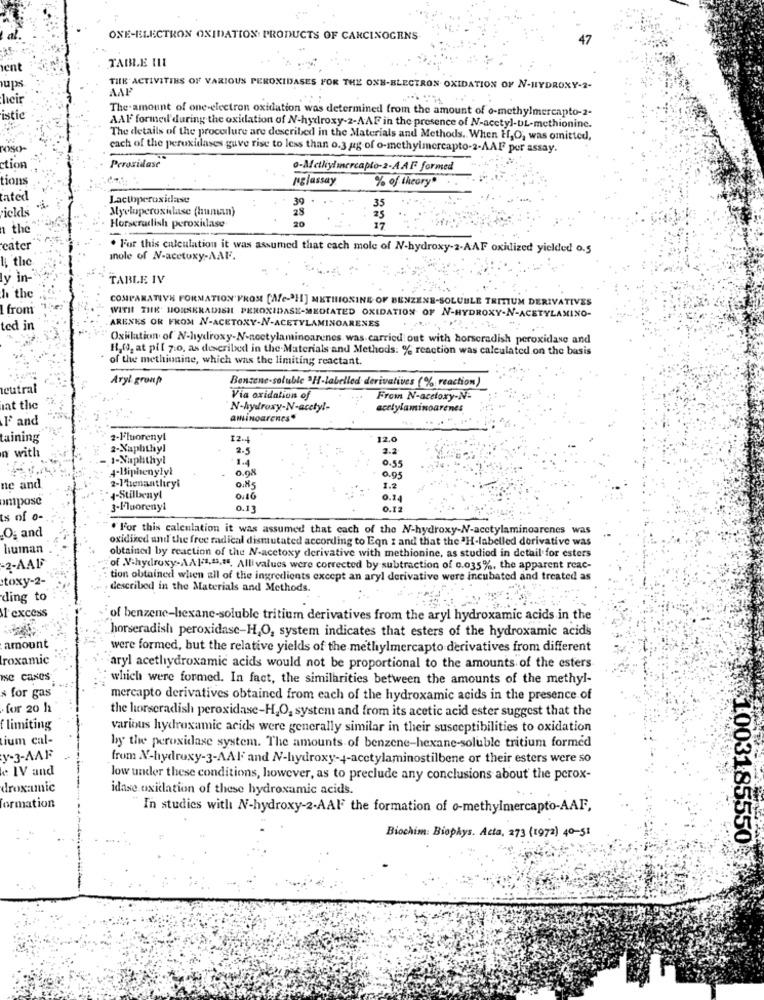
ONE-ELECTRON OXIDATION PRODUCTS OF CARCINOGENS
47
TABLE III
ient
ups
THE ACTIVITIES OF VARIOUS PEROXIDASES FOR THE ONE-ELECTRON OXIDATION OF N-HYDROXY-2-
AAP
lıcir
The amount of one-electron oxidation was determined from the amount of o-methylmercapto-2-
istic
AAF formed during the oxidation of N-hydroxy-2-AAF in the presence of N-acetyl-DL-methionine.
The details of the procedure are described in the Materials and Methods. When Hf,O, was omitted,
cach of the peroxidases gave rise to less than o.3 ag of o-methylmercapto-2-AAI por assay.
ction
Peroxidase
o-Methylmercapto-2-A.AF formed
tiom
pglassay
% of theory"
tated
Lactoperoxidase
riclds
Myeloperoxidase (human)
28
n the
Horseradish peroxidase
20
17
cater
. For this calculation it was assumed that cach mole of N-hydroxy-2-AAF oxidized yielded o.5
IL the
Inole of N-acetuxy-AAl.
ly in-
TABLE IV
h. the
COMPARATIVE FORMATION'FROM [Ac-21] METHIONINE OF B
I-SOLUBLE TRITIUM DERIVATIVES
1 from
WITH THE HORSERADISH PEROXIDASE-MEDIATED OXIDATION OF N-HYDROXY-N-ACETY
xo-
ted in
ARENES OR FROM N-ACETOXY-N-ACETYLAMINOARENES
"Oxilation of N-hydroxy-N-acetylaminoarenes. was carried out with horseradish peroxidase and
11,0), at pil 7.0, as described in the Materials and Methods: % reaction was calculated on the basis
of the methionine, which was the limiting reactant
Aryl gronp
neutral
Bonsens-soluble 2H-labelled derivatives (% reaction)
Via oxidation of
From N-acetoxy-N-
at the
N-hydroxy-N-acetyl-
acetylaminoarenes
l' and
amiNoarEnts*
taining
2-Fluorenyl
12.4
12.0
with
2-Naphthyl
2.5
2.2
1-Naphthyl
1.4
0.55
4-liphenylyl
0.08
0.95
ne and
2-l'tenantlıryi
0.85
1.2
Impose
-Stilbenyt
0:16
0.14
3-Fluorenyl
0.13
0.12
ts of o-
". For this calculation it was assumed that cach of the N-hydroxy-N-acetylaminoarenes was
O; and
oxidized und the free radical dismutated according to Eqn 2 and that the ªH-labelled derivative was
human
obtained by reaction of the N-acctoxy derivative with methionine, as studiod in detail for esters
-2-AAD
of V-hydroxy-Al-1,13.45, Alli values were corrected by subtraction of 0.035%, the apparent reac-
'toxy-2-
tion obtained when all of the ingredients except an aryl derivative were incubated and treated as
described in the Materials and Methods.
ding to
M1 excess
of benzene-hexane-soluble tritium derivatives from the aryl hydroxamic acids in the
horseradish peroxidase-H,O, system indicates that esters of the hydroxamic acid's
amount
were formed, but the relative yields of the methylmercapto derivatives from different
roxamic
"aryl acethydroxamic acids would not be proportional to the amounts of the esters
Ie cases
which were formed. In fact, the similarities between the amounts of the methyl-
for gas
mercapto derivatives obtained from each of the hydroxamic acids in the presence of
for 20 h
the horseradish peroxidase-H,O, system and from its acetic acid ester suggest that the
f limiting
various hydroxamic acids were generally similar in their susceptibilities to oxidation
ium cal-
by the peroxidase system. The amounts of benzene-hexane-soluble tritium formed
y-3-AAF
from X-hydroxy-3-AAI and N-hydroxy-4-acetylaminostilbene or their esters were so
IV and
low under these conditions, however, as to preclude any conclusions about the perox-
droxamic
idase oxidation of these hydroxamic acids.
formation
In studies with N-hydroxy-2-AAI the formation of o-methylmercapto-AAF,
Biochim: Biophys. Acta, 273 (1972) 40-51
1003185550